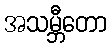
အသမ္ဘီတော